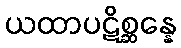
ယထာပဋိစ္ဆန္နေ